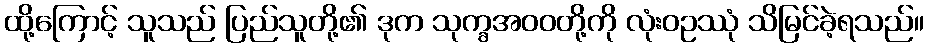
ထို့ကြောင့် သူသည် ပြည်သူတို့၏ ဒုက သုက္ခအဝဝတို့ကို လုံးဝဥဿုံ သိမြင်ခဲ့ရသည်။